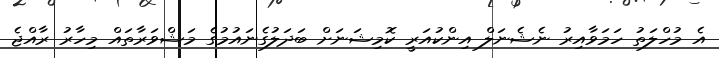
އެ މުހްލަތު ހަމަވާއިރު ނެޝެނަލް އިންކުއަރީ ކޮމިޝަނަށް ބަދަލުގެނައުމުގެ މަޝްވަރާތައް މިހާރު ރާއްޖެ